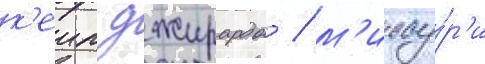
к'еип джирардо / м'иссу́р'и